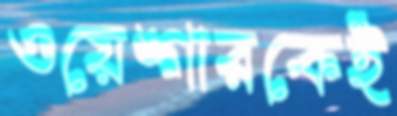
ওয়েঙ্গারকেই